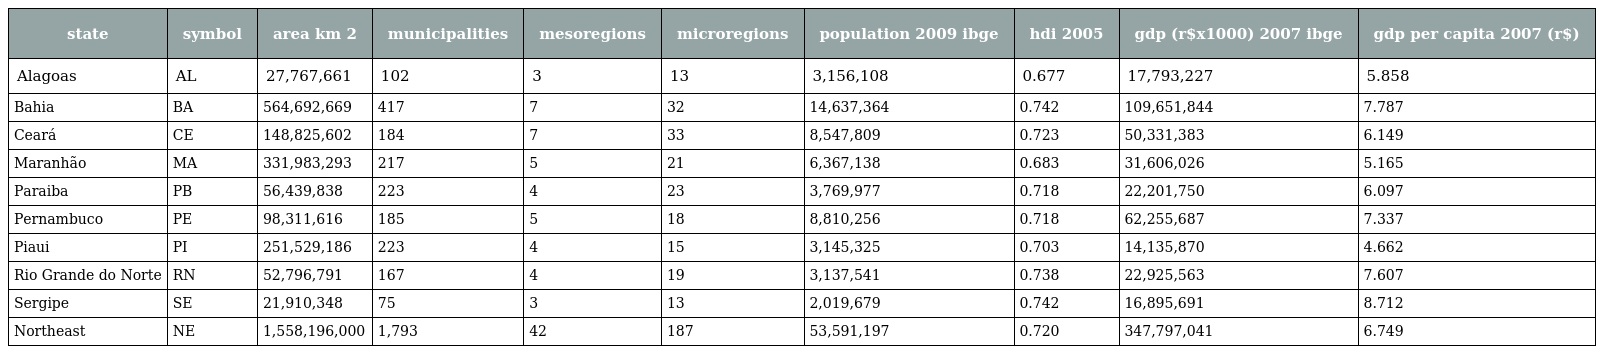
| state | symbol | area km 2 | municipalities | mesoregions | microregions | population 2009 ibge | hdi 2005 | gdp (r$x1000) 2007 ibge | gdp per capita 2007 (r$) |
 | --- | --- | --- | --- | --- | --- | --- | --- | --- | --- |
 | Alagoas | AL | 27,767,661 | 102 | 3 | 13 | 3,156,108 | 0.677 | 17,793,227 | 5.858 |
 | Bahia | BA | 564,692,669 | 417 | 7 | 32 | 14,637,364 | 0.742 | 109,651,844 | 7.787 |
 | Ceará | CE | 148,825,602 | 184 | 7 | 33 | 8,547,809 | 0.723 | 50,331,383 | 6.149 |
 | Maranhão | MA | 331,983,293 | 217 | 5 | 21 | 6,367,138 | 0.683 | 31,606,026 | 5.165 |
 | Paraiba | PB | 56,439,838 | 223 | 4 | 23 | 3,769,977 | 0.718 | 22,201,750 | 6.097 |
 | Pernambuco | PE | 98,311,616 | 185 | 5 | 18 | 8,810,256 | 0.718 | 62,255,687 | 7.337 |
 | Piaui | PI | 251,529,186 | 223 | 4 | 15 | 3,145,325 | 0.703 | 14,135,870 | 4.662 |
 | Rio Grande do Norte | RN | 52,796,791 | 167 | 4 | 19 | 3,137,541 | 0.738 | 22,925,563 | 7.607 |
 | Sergipe | SE | 21,910,348 | 75 | 3 | 13 | 2,019,679 | 0.742 | 16,895,691 | 8.712 |
 | Northeast | NE | 1,558,196,000 | 1,793 | 42 | 187 | 53,591,197 | 0.720 | 347,797,041 | 6.749 |